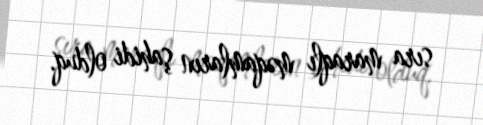
sıra maraqlı məqamların şahidi olduq.